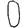
Digit: 0